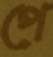
পে